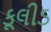
કૂલીડ